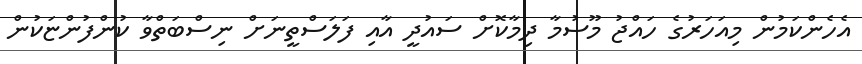
އެހެންކަމުން މިއަހަރުގެ ހައްޖު މޫސުމާ ދިމާކޮށް ސައުދީ އާއި ފަލަސްތީނަށް ނިސްބަތްވާ ކުންފުންޏަކުން